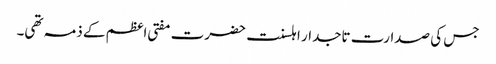
جس کی صدارت تاجدار اہلسنت حضرت مفتی اعظم کے ذمہ تھی۔